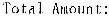
TOTAL AMOUNT: